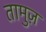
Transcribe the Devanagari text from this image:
तामुज़